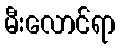
မီးလောင်ရာ